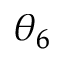
\theta _ { 6 }